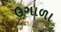
ઉગાળા